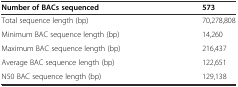
<table><thead><tr><td><b>Number of BACs sequenced</b></td><td><b>573</b></td></tr></thead><tbody><tr><td>Total sequence length (bp)</td><td>70,278,808</td></tr><tr><td>Minimum BAC sequence length (bp)</td><td>14,260</td></tr><tr><td>Maximum BAC sequence length (bp)</td><td>216,437</td></tr><tr><td>Average BAC sequence length (bp)</td><td>122,651</td></tr><tr><td>N50 BAC sequence length (bp)</td><td>129,138</td></tr></tbody></table>